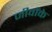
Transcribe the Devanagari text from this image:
जीवोंके